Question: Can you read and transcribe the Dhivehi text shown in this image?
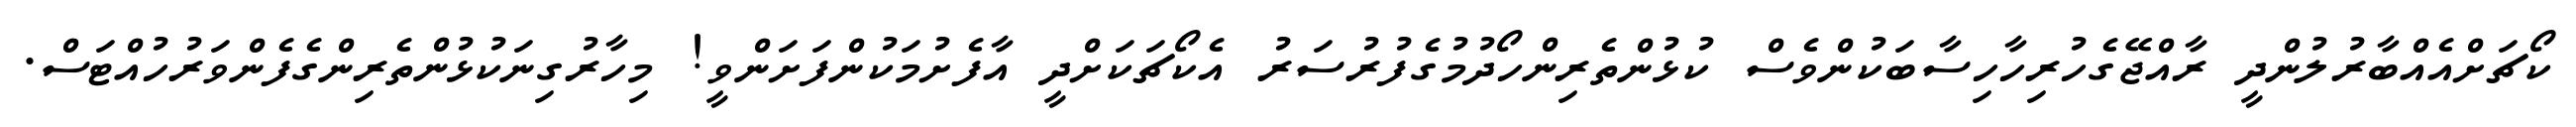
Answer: ކޯޗަށްއެއްބާރުލުންދީ ރާއްޖޭގެހުރިހާހިސާބަކުންވެސް ކުޅުންތެރިންހޯދުމުގެފުރުސަރު އެކޯޗަކަށްދީ އާފެށުމަކުންފަށަންވީ! މިހާރުގިނަކުޅުންތެރިންގެފެންވަރުހުއްޓަސް.